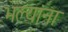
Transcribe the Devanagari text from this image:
भल्यांना